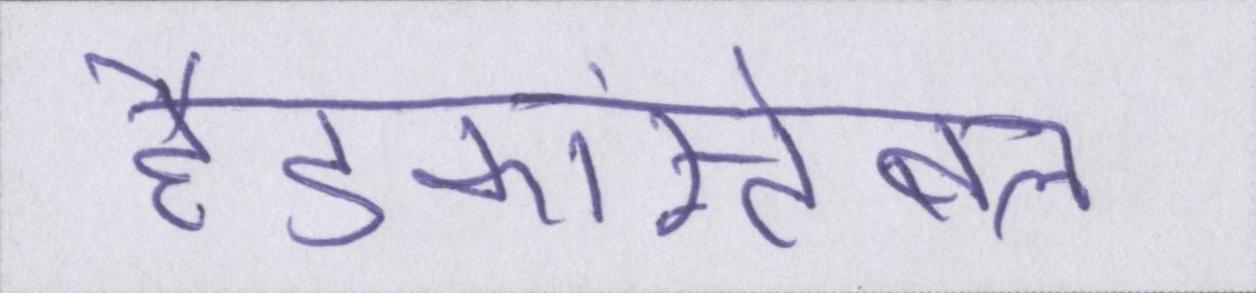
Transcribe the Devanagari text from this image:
हैडकांस्टेबल